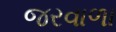
જરવાળા